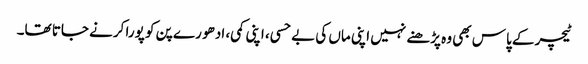
ٹیچر کے پاس بھی وہ پڑھنے نہیں اپنی ماں کی بے حسی، اپنی کمی، ادھو رے پن کو پورا کرنے جاتا تھا۔